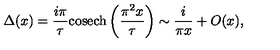
\Delta ( x ) = \frac { i \pi } { \tau } { \mathrm { c o s e c h } } \left( \frac { \pi ^ { 2 } x } { \tau } \right) \sim \frac { i } { \pi x } + O ( x ) ,